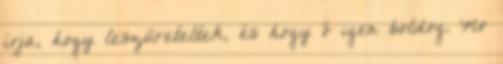
írja, hogy leszüreteltek, és hogy ő igen boldog. No